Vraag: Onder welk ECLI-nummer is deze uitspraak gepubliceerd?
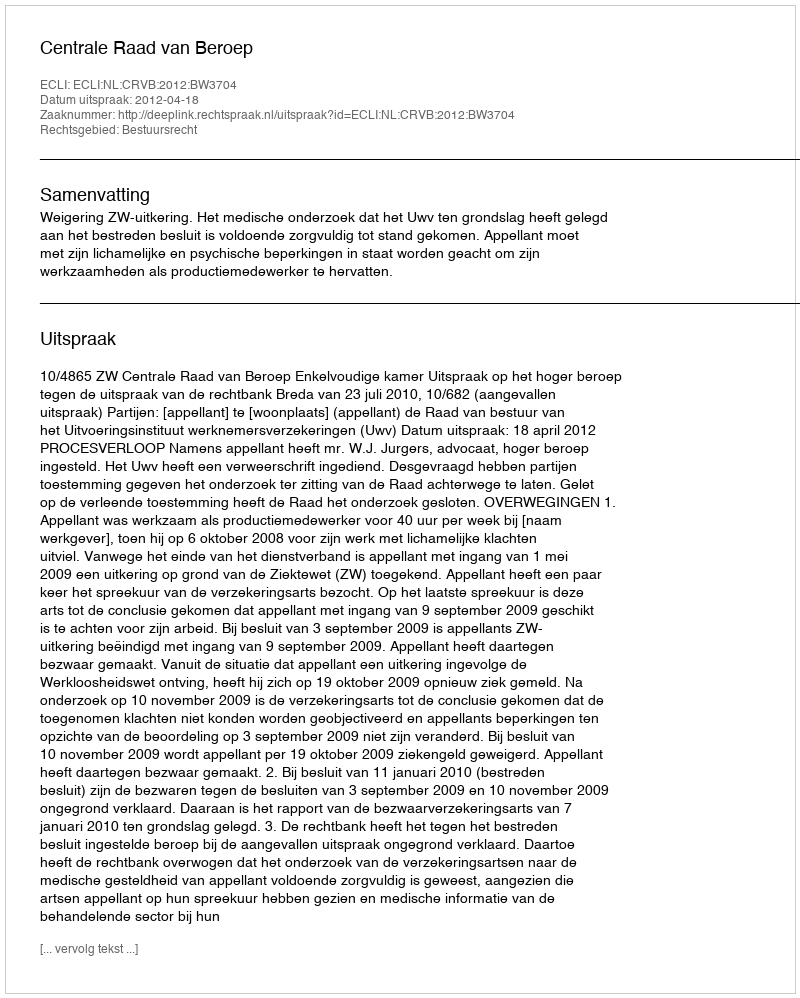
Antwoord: ECLI:NL:CRVB:2012:BW3704